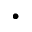
\bullet